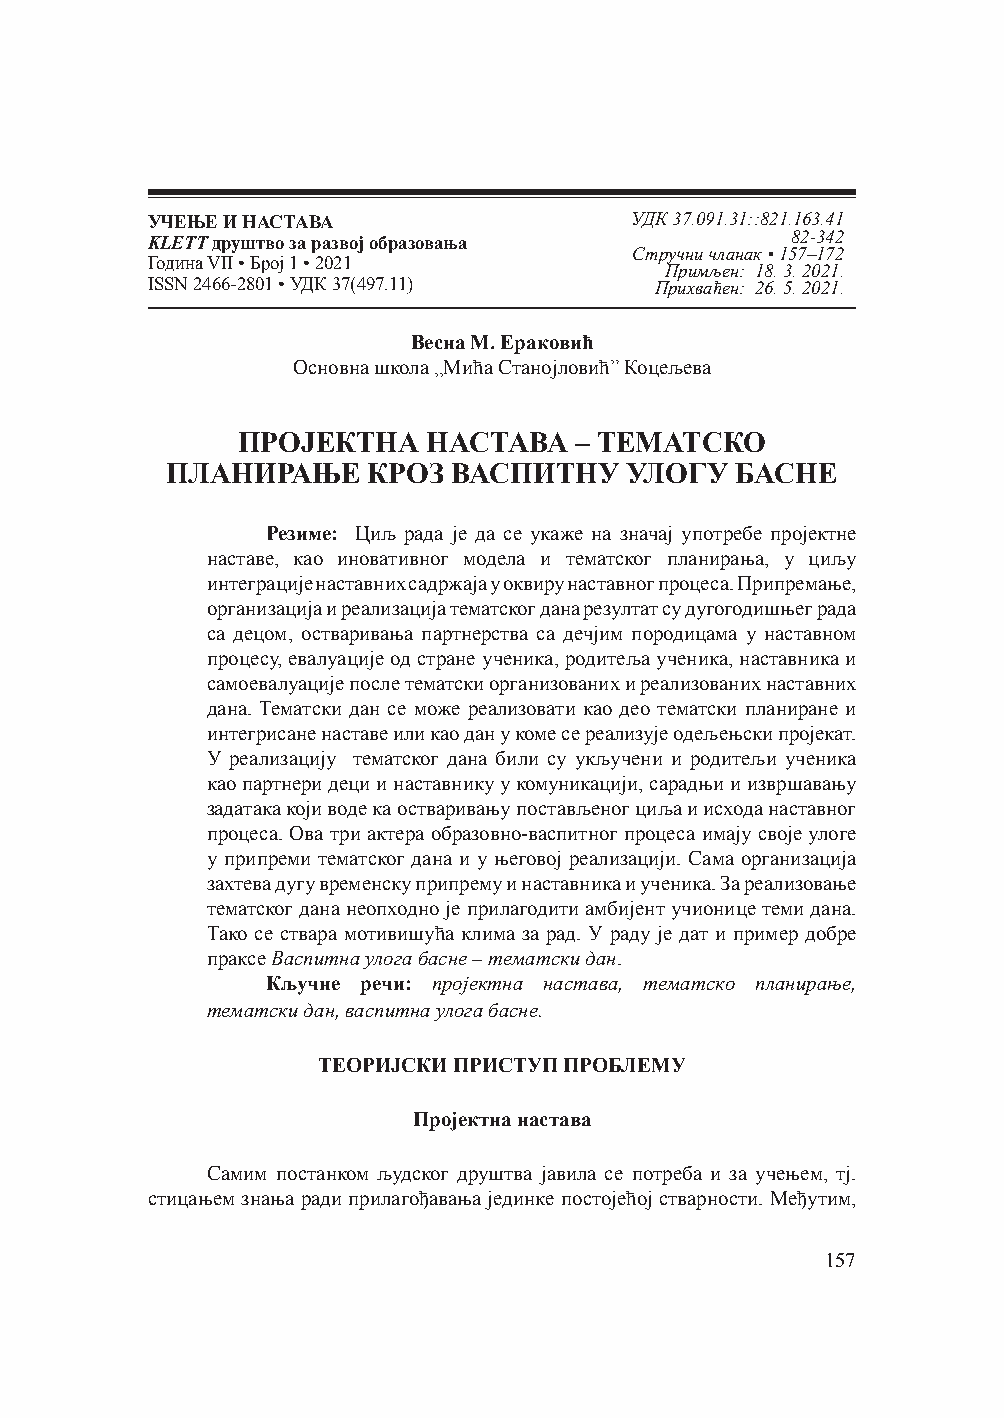
УЧЕЊЕ И НАСТАВА                 УДК 37.091.31::821.163.41
 KLETT друштво за развој образовања        82-342
 Стручни чланак • 157–172
 Година VII • Број 1 • 2021
 Примљен: 18. 3. 2021.
 ISSN 2466-2801 • УДК 37(497.11)  Прихваћен: 26. 5. 2021.
 Весна M. Ераковић
 Основна школа „Mића Станојловић” Коцељева
 ПРОЈЕКТНА   НАСТАВА   – ТЕМАТСКО
 ПЛАНИРАЊЕ    КРОЗ  ВАСПИТНУ    УЛОГУ  БАСНЕ
 Резиме: Циљ рада је да се укаже на значај употребе пројектне
 наставе, као иновативног модела и тематског планирања, у циљу
 интеграције наставних садржаја у оквиру наставног процеса. Припремање,
 организација и реализација тематског дана резултат су дугогодишњег рада
 са децом, остваривања партнерства са дечјим породицама у наставном
 процесу, евалуације од стране ученика, родитеља ученика, наставника и
 самоевалуације после тематски организованих и реализованих наставних
 дана. Тематски дан се може реализовати као део тематски планиране и
 интегрисане наставе или као дан у коме се реализује одељењски пројекат.
 У реализацију тематског дана били су укључени и родитељи ученика
 као партнери деци и наставнику у комуникацији, сарадњи и извршавању
 задатака који воде ка остваривању постављеног циља и исхода наставног
 процеса. Ова три актера образовно-васпитног процеса имају своје улоге
 у припреми тематског дана и у његовој реализацији. Сама организација
 захтева дугу временску припрему и наставника и ученика. За реализовање
 тематског дана неопходно је прилагодити амбијент учионице теми дана.
 Тако се ствара мотивишућа клима за рад. У раду је дат и пример добре
 праксе Васпитна улога басне – тематски дан.
 Кључне речи: пројектна настава, тематскo планирање,
 тематски дан, васпитна улога басне.
 ТЕОРИЈСКИ ПРИСТУП ПРОБЛЕМУ
 Пројектна настава
 Самим постанком људског друштва јавила се потреба и за учењем, тј.
 стицањем знања ради прилагођавања јединке постојећој стварности. Међутим,
 157